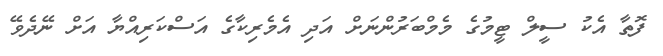
ފޮތާ އެކު ސީލް ޓީމުގެ މެމްބަރުންނަށް އަދި އެމެރިކާގެ އަސްކަރިއްޔާ އަށް ނޭދެވޭ